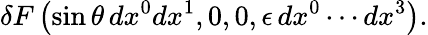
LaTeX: \delta F\left(\sin\theta\, dx^{0}dx^{1},0,0,\epsilon\, dx^{0}\cdots dx^{3}\right).